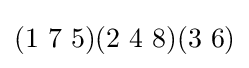
(1~7~5)(2~4~8)(3~6)